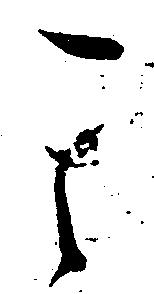
其